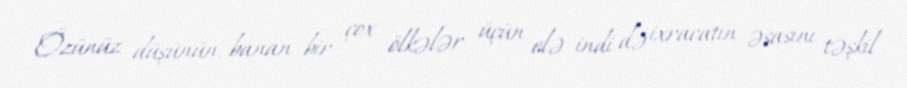
Özünüz düşünün, banan bir çox ölkələr üçün elə indi də ixracatın əsasını təşkil